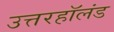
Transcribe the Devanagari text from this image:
उत्तरहॉलंड